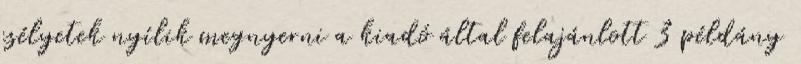
esélyetek nyílik megnyerni a kiadó által felajánlott 3 példány